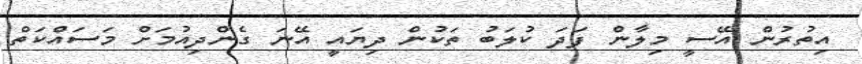
އިތުރުން އޭސީ މިލާން ފަދަ ކުލަބު ތަކުން ދިޔައީ އޭނަ ގެންދިއުމަށް މަސައްކަތް